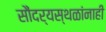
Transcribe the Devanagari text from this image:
सौंदर्यस्थळांनाही